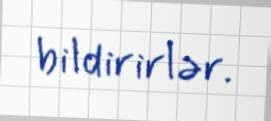
bildirirlər.